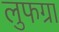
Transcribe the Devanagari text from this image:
लुफग्रा